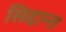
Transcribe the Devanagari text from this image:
सिद्दान्त